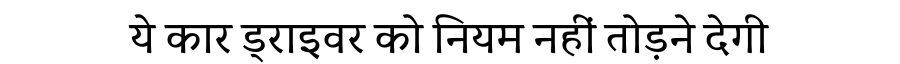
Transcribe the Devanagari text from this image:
ये कार ड्राइवर को नियम नहीं तोड़ने देगी